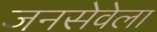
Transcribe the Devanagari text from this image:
जनसेवेला